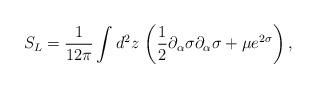
LaTeX: \begin{align*}S_{L}=\frac{1}{12\pi }\int d^{2}z\, \left( \frac{1}{2}\partial _{\alpha }\sigma \partial _{\alpha }\sigma +\mu e^{2\sigma }\right) ,\end{align*}